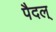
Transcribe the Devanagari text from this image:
पैदल्